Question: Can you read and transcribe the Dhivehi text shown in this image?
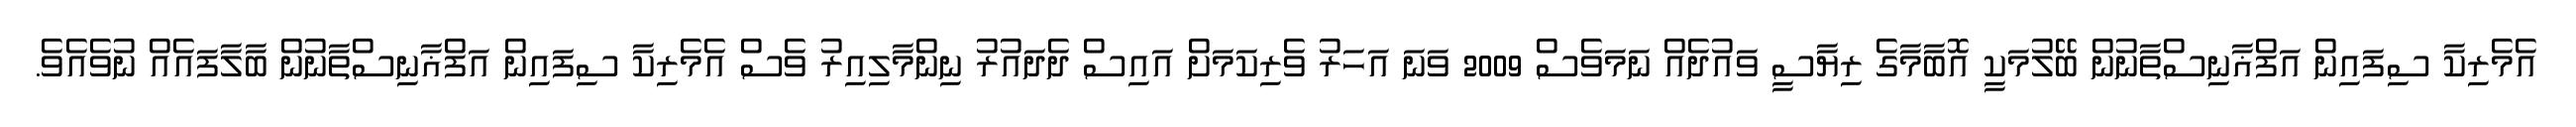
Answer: އެމެރިކާ ސިފައިން އަފްޣާނިސްތާނުން ބޭލުމަކީ އޮބާމާގެ ރިޔާސީ ވައުދެއް ނަމަވެސް 2009 ވަނަ އަހަރު ވެރިކަމަށް އައިސް ދެދައުރު ނިންމާލިއިރު ވެސް އެމެރިކާ ސިފައިން އަފްޣާނިސްތާނުން ބާލާފައެއް ނުވެއެވެ.